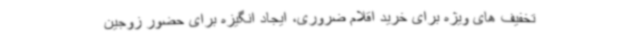
تخفیف های ویژه برای خرید اقلام ضروری، ایجاد انگیزه برای حضور زوجین